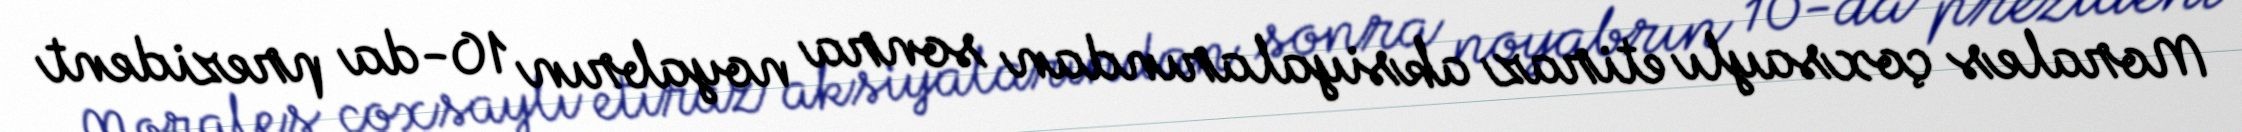
Morales çoxsaylı etiraz aksiyalarından sonra noyabrın 10-da prezident